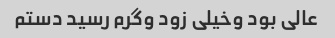
عالی بود و‌خیلی زود و‌گرم رسید دستم